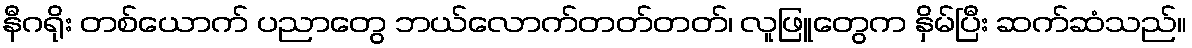
နီဂရိုး တစ်ယောက် ပညာတွေ ဘယ်လောက်တတ်တတ်၊ လူဖြူတွေက နှိမ်ပြီး ဆက်ဆံသည်။